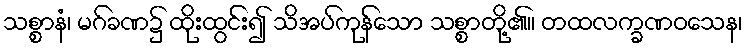
သစ္စာနံ၊ မဂ်ခဏ၌ ထိုးထွင်း၍ သိအပ်ကုန်သော သစ္စာတို့၏။ တထလက္ခဏဝသေန၊